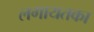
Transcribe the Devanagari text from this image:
लगायतका